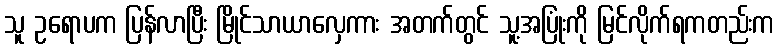
သူ ဥရောပက ပြန်လာပြီး မြိုင်သာယာလှေကား အတက်တွင် သူ့အပြုံးကို မြင်လိုက်ရကတည်းက